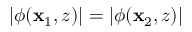
| \phi ( \mathbf { x } _ { 1 } , z ) | = | \phi ( \mathbf { x } _ { 2 } , z ) |